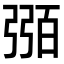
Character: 𢐈